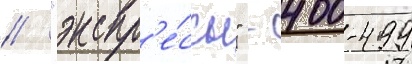
/ "экспр'е́ссы" - 400-499